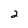
Character: 2